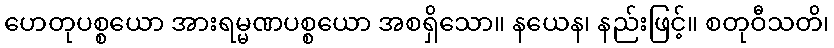
ဟေတုပစ္စယော အားရမ္မဏပစ္စယော အစရှိသော။ နယေန၊ နည်းဖြင့်။ စတုဝီသတိ၊